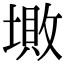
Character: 𡏯